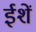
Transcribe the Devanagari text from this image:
ईशें